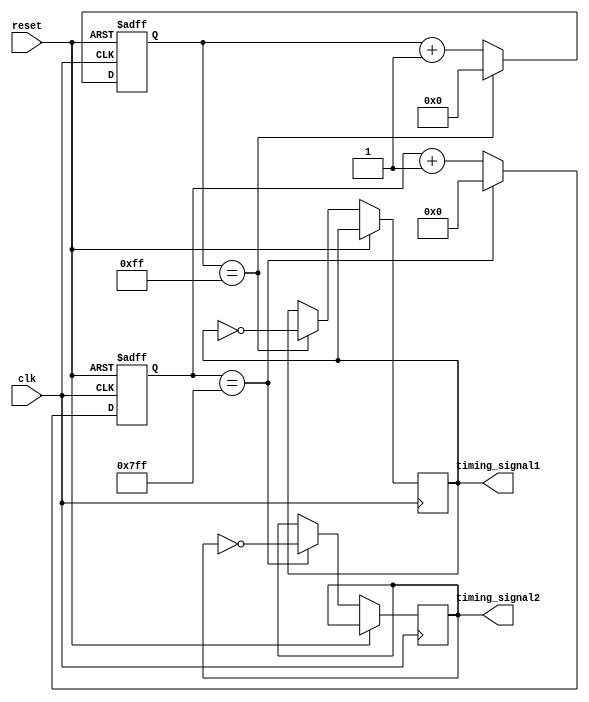
module Multirate_Timer (
  input wire clk,        // Common clock signal
  input wire reset,      // Reset signal
  output reg timing_signal1,  // Timing signal 1
  output reg timing_signal2   // Timing signal 2
);

reg [7:0] counter1;     // Counter for timing signal 1
reg [10:0] counter2;    // Counter for timing signal 2

always @(posedge clk or posedge reset) begin
  if (reset) begin
    counter1 <= 8'b0;
    counter2 <= 11'b0;
  end else begin
    // Counter 1 running at 8x frequency
    if (counter1 == 8'd255) begin
      counter1 <= 8'b0;
      timing_signal1 <= ~timing_signal1;
    end else begin
      counter1 <= counter1 + 1;
    end

    // Counter 2 running at 16x frequency
    if (counter2 == 11'd2047) begin
      counter2 <= 11'b0;
      timing_signal2 <= ~timing_signal2;
    end else begin
      counter2 <= counter2 + 1;
    end
  end
end

endmodule